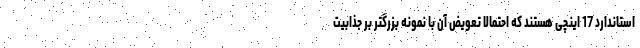
استاندارد 17 اینچی هستند که احتمالا تعویض آن با نمونه بزرگتر بر جذابیت